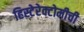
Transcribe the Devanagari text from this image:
हिस्टेरेक्टोमीची